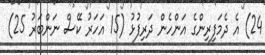
24) އެ ދެމަފިރިންގެ އަންހެން ދަރިފުޅު (15 އަހަރު ކޭސް ނަންބަރު 25)